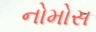
નોમોસ